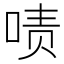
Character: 啧